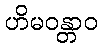
ဟိမဝန္တာဝ